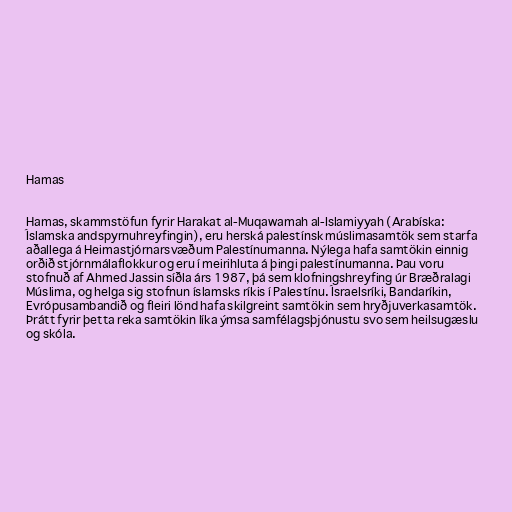
Hamas

Hamas, skammstöfun fyrir Harakat al-Muqawamah al-Islamiyyah (Arabíska:
Íslamska andspyrnuhreyfingin), eru herská palestínsk múslimasamtök sem starfa
aðallega á Heimastjórnarsvæðum Palestínumanna. Nýlega hafa samtökin einnig
orðið stjórnmálaflokkur og eru í meirihluta á þingi palestínumanna. Þau voru
stofnuð af Ahmed Jassin síðla árs 1987, þá sem klofningshreyfing úr Bræðralagi
Múslima, og helga sig stofnun íslamsks ríkis í Palestínu. Ísraelsríki, Bandaríkin,
Evrópusambandið og fleiri lönd hafa skilgreint samtökin sem hryðjuverkasamtök.
Þrátt fyrir þetta reka samtökin líka ýmsa samfélagsþjónustu svo sem heilsugæslu
og skóla.